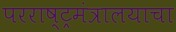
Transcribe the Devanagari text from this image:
परराष्ट्रमंत्रालयाचा